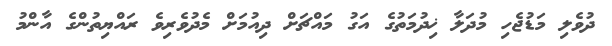
ދުވެލި މަޑުޖެހި މުދަލާ ޚިދުމަތުގެ އަގު މައްޗަށް ދިއުމަށް މެދުވެރިވެ ރައްޔިތުންގެ އާންމު